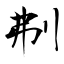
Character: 刜